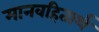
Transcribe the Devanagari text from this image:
मानवहितार्थ